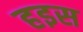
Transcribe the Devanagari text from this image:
हइस